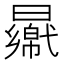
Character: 𣍑